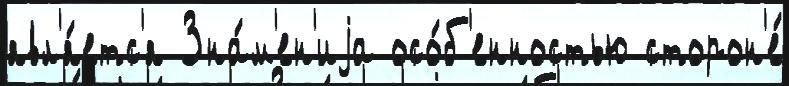
явл'я́етс'я Зна́м'ен'иjа осо́б'енностью сторон'е́